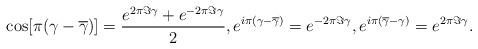
LaTeX: \begin{align*}\cos[\pi(\gamma-\overline{\gamma})]=\frac{e^{2\pi\Im\gamma}+e^{-2\pi\Im\gamma}}{2},e^{i\pi(\gamma-\overline{\gamma})}=e^{-2\pi\Im\gamma},e^{i\pi(\overline{\gamma}-\gamma)}=e^{2\pi\Im\gamma}.\end{align*}